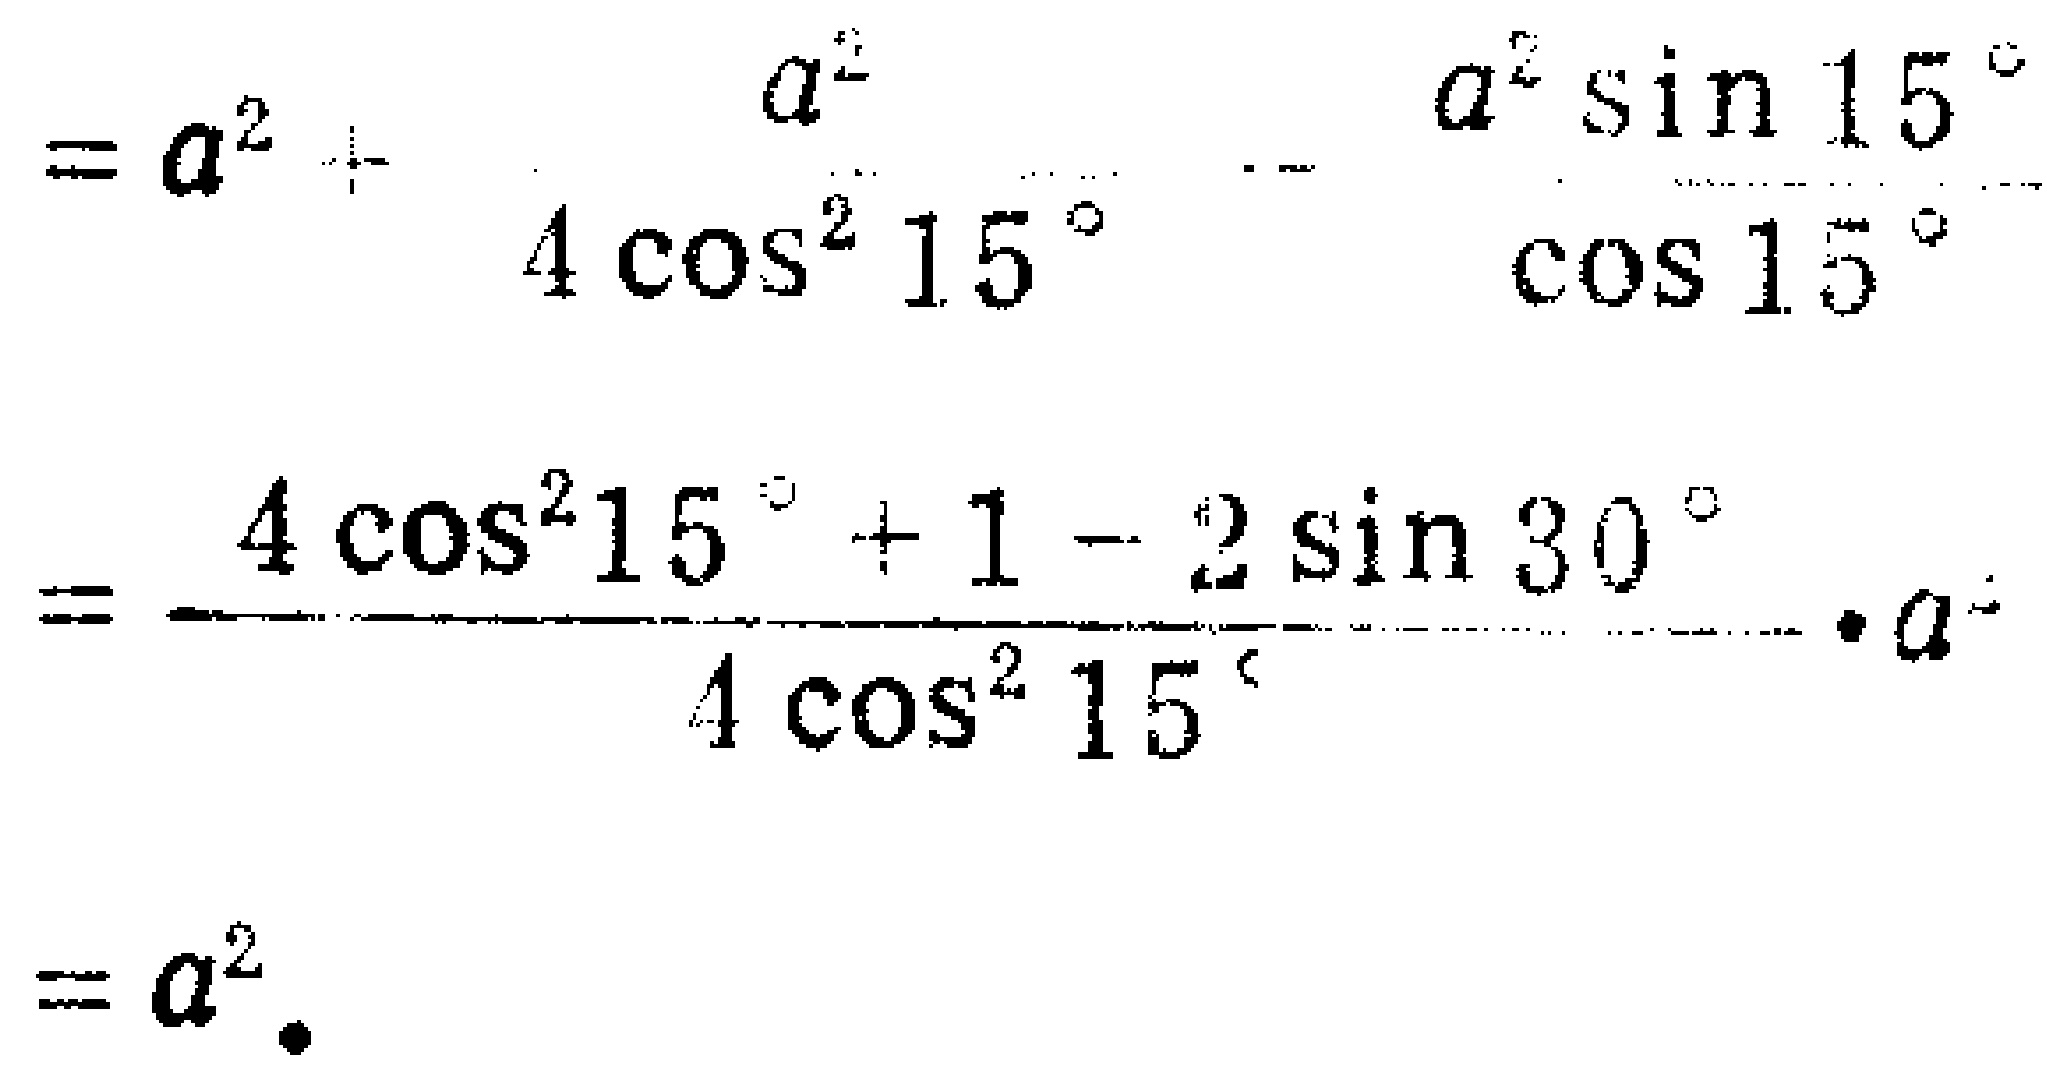
\[

\begin{align*}

&=a^{2}+\frac{a^{2}}{4\cos^{2}15^{\circ}}-\frac{a^{2}\sin15^{\circ}}{\cos15^{\circ}}\\

&=\frac{4\cos^{2}15^{\circ}+1 - 2\sin30^{\circ}}{4\cos^{2}15^{\circ}}\cdot a^{2}\\

&=a^{2}.

\end{align*}

\]